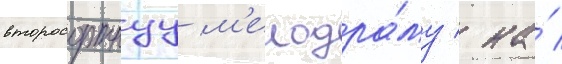
второсортнуу м'елодра́му / на́